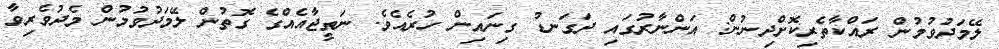
ލޭމަދުވުމުން ރައްކާތެރިކޮށްދިނުން: އަންނާރުގައި ދަގަނޑު ގިނައިން ހުރެއެވެ. ނަތީޖާއެއްގެ ގޮތުން ލޭމަދުވުމުން މެދުވެރިވާ